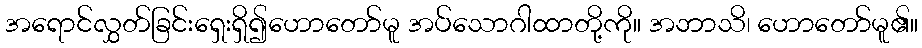
အရောင်လွှတ်ခြင်းရှေးရှိ၍ဟောတော်မူ အပ်သောဂါထာတို့ကို။ အဘာသိ၊ ဟောတော်မူ၏။